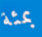
بمئة